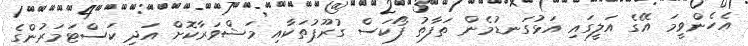
އެހެންވީމަ އޭގެ އަލީގައި އަޅުގަނޑުމެން ތަފާތު ފޯކަސް ގުރޫޕުތަކާއި މަޝްވަރާކޮށް އަދި ކަސްޓަމަރުންގެ